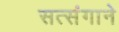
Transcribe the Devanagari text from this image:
सत्संगाने